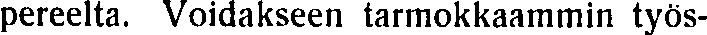
pereelta. Voidakseen tarmokkaammin työs-